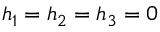
h _ { 1 } = h _ { 2 } = h _ { 3 } = 0